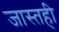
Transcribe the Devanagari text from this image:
जास्तही